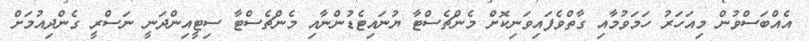
އެއްބަސްވުން މިއަހަރު ހަމަވުމާއި ގާތްވެފައިވަނިކޮށް މެންޗެސްޓާ ޔުނައިޓެޑުންނާއި މެންޗެސްޓާ ސިޓީއިންދަނީ ނަސްރީ ގެންދިއުމަށް